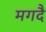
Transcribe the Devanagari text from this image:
मगदै